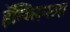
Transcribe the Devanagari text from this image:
हॅम्ब्लिनला